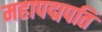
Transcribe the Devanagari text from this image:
महापद्मपति